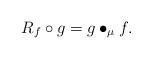
LaTeX: \begin{align*}R_f\circ g=g\bullet_\mu f.\end{align*}